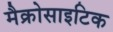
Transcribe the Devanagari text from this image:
मैक्रोसाइटिक